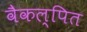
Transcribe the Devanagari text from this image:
वैकल्पित